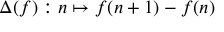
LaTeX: \Delta ( f ) : n \mapsto f ( n + 1 ) - f ( n )